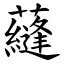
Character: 蘕